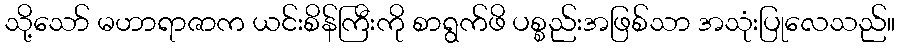
သို့သော် မဟာရာဇာက ယင်းစိန်ကြီးကို စာရွက်ဖိ ပစ္စည်းအဖြစ်သာ အသုံးပြုလေသည်။